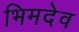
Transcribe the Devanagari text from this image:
भिमदेव